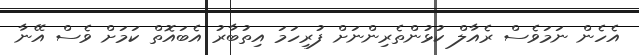
އެހެން ނަމަވެސް ރެއާލް ކުުޅުންތެރިންނަށް ފުރިހަަމަ އިތުބާރު އެބައޮތް ކަމަށް ވެސް އޭނާ